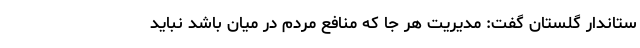
ستاندار گلستان گفت: مدیریت هر جا که منافع مردم در میان باشد نباید